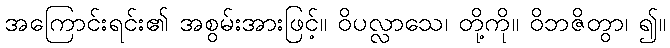
အကြောင်းရင်း၏ အစွမ်းအားဖြင့်။ ဝိပလ္လာသေ၊ တို့ကို။ ဝိဘဇိတွာ၊ ၍။